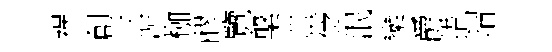
祸創三况枷醪覽槃理徔泯欒爵措瑁